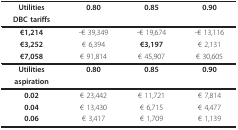
| Utilities | 0.80 | 0.85 | 0.90 |
 | DBC tariffs |  |  |  |
 | --- | --- | --- | --- |
 | €1,214 | -€ 39,349 | -€ 19,674 | -€ 13,116 |
 | €3,252 | € 6,394 | €3,197 | € 2,131 |
 | €7,058 | € 91,814 | € 45,907 | € 30,605 |
 | Utilities | 0.80 | 0.85 | 0.90 |
 | aspiration |  |  |  |
 | 0.02 | € 23,442 | € 11,721 | € 7,814 |
 | 0.04 | € 13,430 | € 6,715 | € 4,477 |
 | 0.06 | € 3,417 | € 1,709 | € 1,139 |